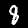
Digit: 8